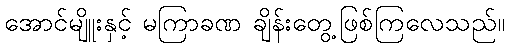
အောင်မျိူးနှင့် မကြာခဏ ချိန်းတွေ့ဖြစ်ကြလေသည်။